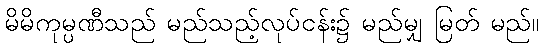
မိမိကုမ္ပဏီသည် မည်သည့်လုပ်ငန်း၌ မည်မျှ မြတ် မည်။